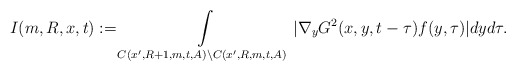
\begin{align*}I(m,R,x,t):= \int\limits_{C(x',R+1,m,t,A)\setminus C(x',R,m,t,A)} |\nabla_{y}G^{2}(x,y,t-\tau)f(y,\tau)| dyd\tau.\end{align*}